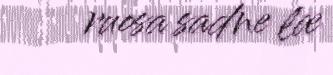
ruosa sadne læ